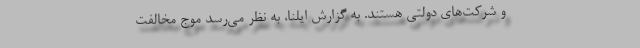
و شرکت‌های دولتی هستند. به گزارش ایلنا، به نظر می‌رسد موجِ مخالفت